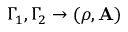
\Gamma _ { 1 } , \Gamma _ { 2 } \rightarrow ( \rho , \mathbf { A } )